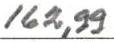
162,99